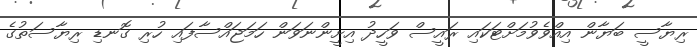
ރިޔާސީ ބަޔާން އިއްވެވުމަށްޓަކައި ރައީސް ވަހީދު އިށީންނަވަން ހަމަޖައްސާފައި ހުރި ގޮނޑި ރިޔާސަތުގެ